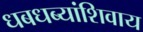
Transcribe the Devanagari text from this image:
धबधब्यांशिवाय